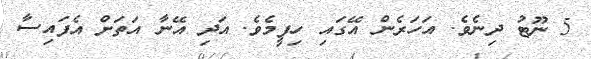
5 ނޫޓު ދިނެވެ. އަހަރެން އޭގައި ހިފީމެވެ. އަދި އޭނާ އަތަށް އެފައިސާ